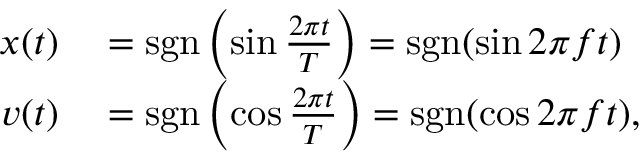
\begin{array} { r l } { x ( t ) } & { { } = \operatorname { s g n } \left( \sin { \frac { 2 \pi t } { T } } \right) = \operatorname { s g n } ( \sin 2 \pi f t ) } \\ { v ( t ) } & { { } = \operatorname { s g n } \left( \cos { \frac { 2 \pi t } { T } } \right) = \operatorname { s g n } ( \cos 2 \pi f t ) , } \end{array}